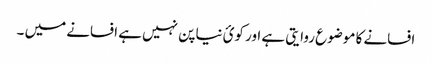
افسانے کا موضوع روایتی ہے اور کوئ نیا پن نہیں ہے افسانے میں ۔